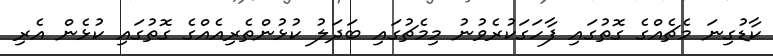
ކާޑުގިނަ މެޗެއްގެ ގޮތުގައި ފާހަގަކުރެވުނު މިމެޗުގައި ބަދަލު ކުޅުންތެރިއެއްގެ ގޮތުގައި ކުޅެން އެރި